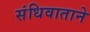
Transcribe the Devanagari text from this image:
संधिवाताने